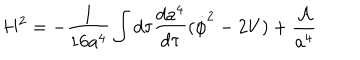
H ^ { 2 } = - \frac { 1 } { 1 6 a ^ { 4 } } \int d \tau \frac { d a ^ { 4 } } { d \tau } ( \dot { \phi } ^ { 2 } - 2 V ) + \frac { \cal A } { a ^ { 4 } }